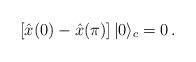
LaTeX: \begin{align*}\left[\hat{x} (0) -\hat{x} (\pi) \right]|0 \rangle_c = 0\,.\end{align*}